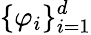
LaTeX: \{ \varphi_{i}\} _{i=1}^{d}